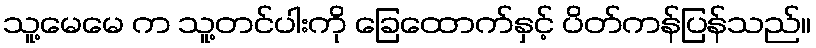
သူ့မေမေ က သူ့တင်ပါးကို ခြေထောက်နှင့် ပိတ်ကန်ပြန်သည်။